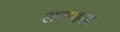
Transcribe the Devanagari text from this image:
शरणता